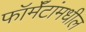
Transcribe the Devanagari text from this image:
फॉर्मॅटांमधील